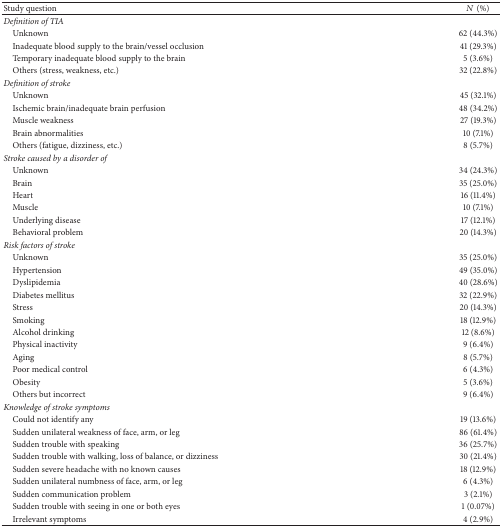
| Study question | N (%) |
 | --- | --- |
 | Definition of TIA |  |
 | Unknown | 62 (44.3%) |
 | Inadequate blood supply to the brain/vessel occlusion | 41 (29.3%) |
 | Temporary inadequate blood supply to the brain | 5 (3.6%) |
 | Others (stress, weakness, etc.) | 32 (22.8%) |
 | Definition of stroke |  |
 | Unknown | 45 (32.1%) |
 | Ischemic brain/inadequate brain perfusion | 48 (34.2%) |
 | Muscle weakness | 27 (19.3%) |
 | Brain abnormalities | 10 (7.1%) |
 | Others (fatigue, dizziness, etc.) | 8 (5.7%) |
 | Stroke caused by a disorder of |  |
 | Unknown | 34 (24.3%) |
 | Brain | 35 (25.0%) |
 | Heart | 16 (11.4%) |
 | Muscle | 10 (7.1%) |
 | Underlying disease | 17 (12.1%) |
 | Behavioral problem | 20 (14.3%) |
 | Risk factors of stroke |  |
 | Unknown | 35 (25.0%) |
 | Hypertension | 49 (35.0%) |
 | Dyslipidemia | 40 (28.6%) |
 | Diabetes mellitus | 32 (22.9%) |
 | Stress | 20 (14.3%) |
 | Smoking | 18 (12.9%) |
 | Alcohol drinking | 12 (8.6%) |
 | Physical inactivity | 9 (6.4%) |
 | Aging | 8 (5.7%) |
 | Poor medical control | 6 (4.3%) |
 | Obesity | 5 (3.6%) |
 | Others but incorrect | 9 (6.4%) |
 | Knowledge of stroke symptoms |  |
 | Could not identify any | 19 (13.6%) |
 | Sudden unilateral weakness of face, arm, or leg | 86 (61.4%) |
 | Sudden trouble with speaking | 36 (25.7%) |
 | Sudden trouble with walking, loss of balance, or dizziness | 30 (21.4%) |
 | Sudden severe headache with no known causes | 18 (12.9%) |
 | Sudden unilateral numbness of face, arm, or leg | 6 (4.3%) |
 | Sudden communication problem | 3 (2.1%) |
 | Sudden trouble with seeing in one or both eyes | 1 (0.07%) |
 | Irrelevant symptoms | 4 (2.9%) |